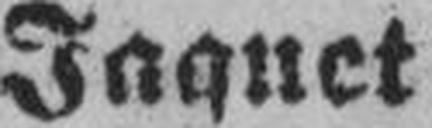
Jaquet